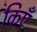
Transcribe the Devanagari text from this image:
किएँ